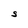
Character: S